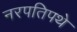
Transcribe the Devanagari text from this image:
नरपतिपथे